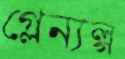
গ্লেন্যল্গ